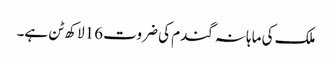
ملک کی ماہانہ گندم کی ضروت 16لاکھ ٹن ہے۔